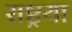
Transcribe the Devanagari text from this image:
राष्ट्रया